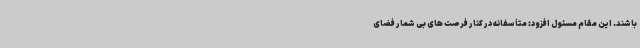
باشند. این مقام مسئول افزود: متأسفانه در کنار فرصت های بی شمار فضای